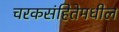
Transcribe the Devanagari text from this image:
चरकसंहितेमधील